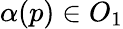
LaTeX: \alpha(p)\in O_{1}